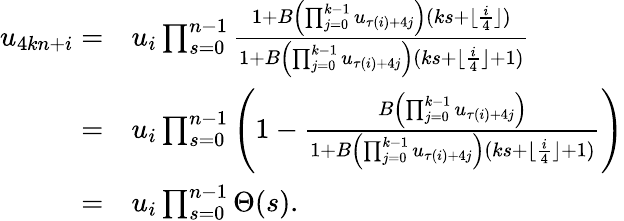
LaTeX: \begin{array}{rl}{u_{4kn+i}=}&{u_{i}\prod_{s=0}^{n-1}\frac{1+B\left(\prod_{j=0}^{k-1}{u_{\tau(i)+4j}}\right)(ks+\lfloor\frac{i}{4}\rfloor)}{1+B\left(\prod_{j=0}^{k-1}{u_{\tau(i)+4j}}\right)(ks+\lfloor\frac{i}{4}\rfloor+1)}}\\ {=}&{u_{i}\prod_{s=0}^{n-1}\left(1-\frac{B\left(\prod_{j=0}^{k-1}{u_{\tau(i)+4j}}\right)}{1+B\left(\prod_{j=0}^{k-1}{u_{\tau(i)+4j}}\right)(ks+\lfloor\frac{i}{4}\rfloor+1)}\right)}\\ {=}&{u_{i}\prod_{s=0}^{n-1}\Theta(s).}\end{array}